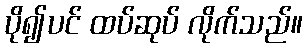
ပို၍ပင် ထပ်ဆုပ် လိုက်သည်။